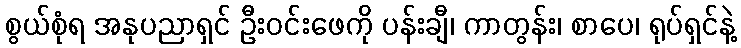
စွယ်စုံရ အနုပညာရှင် ဦးဝင်းဖေကို ပန်းချီ၊ ကာတွန်း၊ စာပေ၊ ရုပ်ရှင်နဲ့